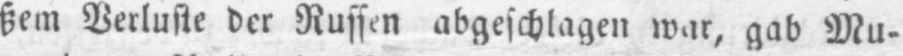
ßem Verluste der Russen abgeschlagen war, gab Mu-